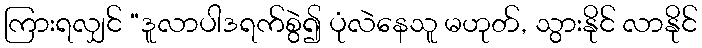
ကြားရလျှင် “ဒူလာပါဒရက်စွဲ၍ ပုံလဲနေသူ မဟုတ်, သွားနိုင် လာနိုင်